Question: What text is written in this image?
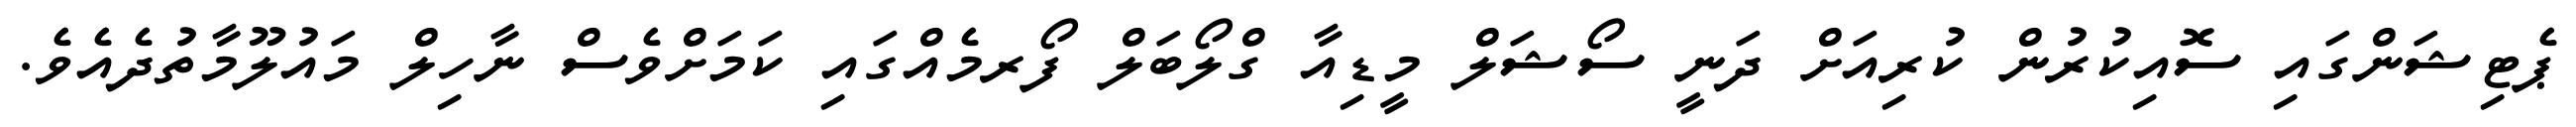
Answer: ޕެޓިޝަންގައި ސޮއިކުރުން ކުރިއަށް ދަނީ ސޯޝަލް މީޑިއާ ގްލޯބަލް ފޯރމެއްގައި ކަމަށްވެސް ނާހިލް މައުލޫމާތުދެއެވެ.